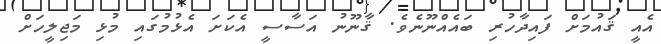
އެއީ ޤައުމަށް ފައިދާހުރި ބައެއްނޫނެވެ. ޤާނޫނު އަސާސީ އެކަށަ އެޅުމުގައި މުޅި މަޖިލީހަށް